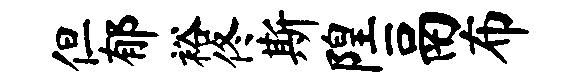
但郁裕佟斯隍鬲布